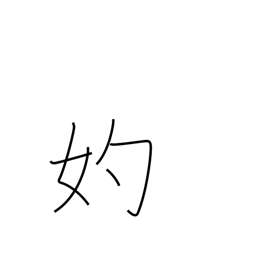
Meaning: go-between